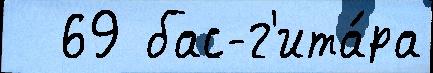
  69 бас-г'ита́ра